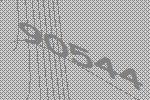
90544